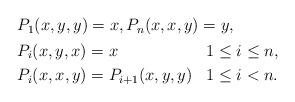
LaTeX: \begin{align*} \begin{aligned} & P_1(x,y,y) = x, P_n(x,x,y) = y, \\ & \begin{aligned} & P_i(x,y,x) = x & & 1\leq i\leq n, \\ & P_i(x,x,y) = P_{i+1}(x,y,y) & & 1\leq i<n. \end{aligned}\end{aligned} \end{align*}